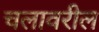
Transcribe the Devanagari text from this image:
चलावरील